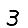
Digit: 3